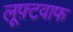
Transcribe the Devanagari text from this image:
लूफ़्टवाफ